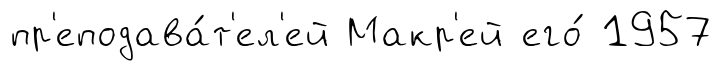
пр'еподава́т'ел'ей Макр'ей его́ 1957